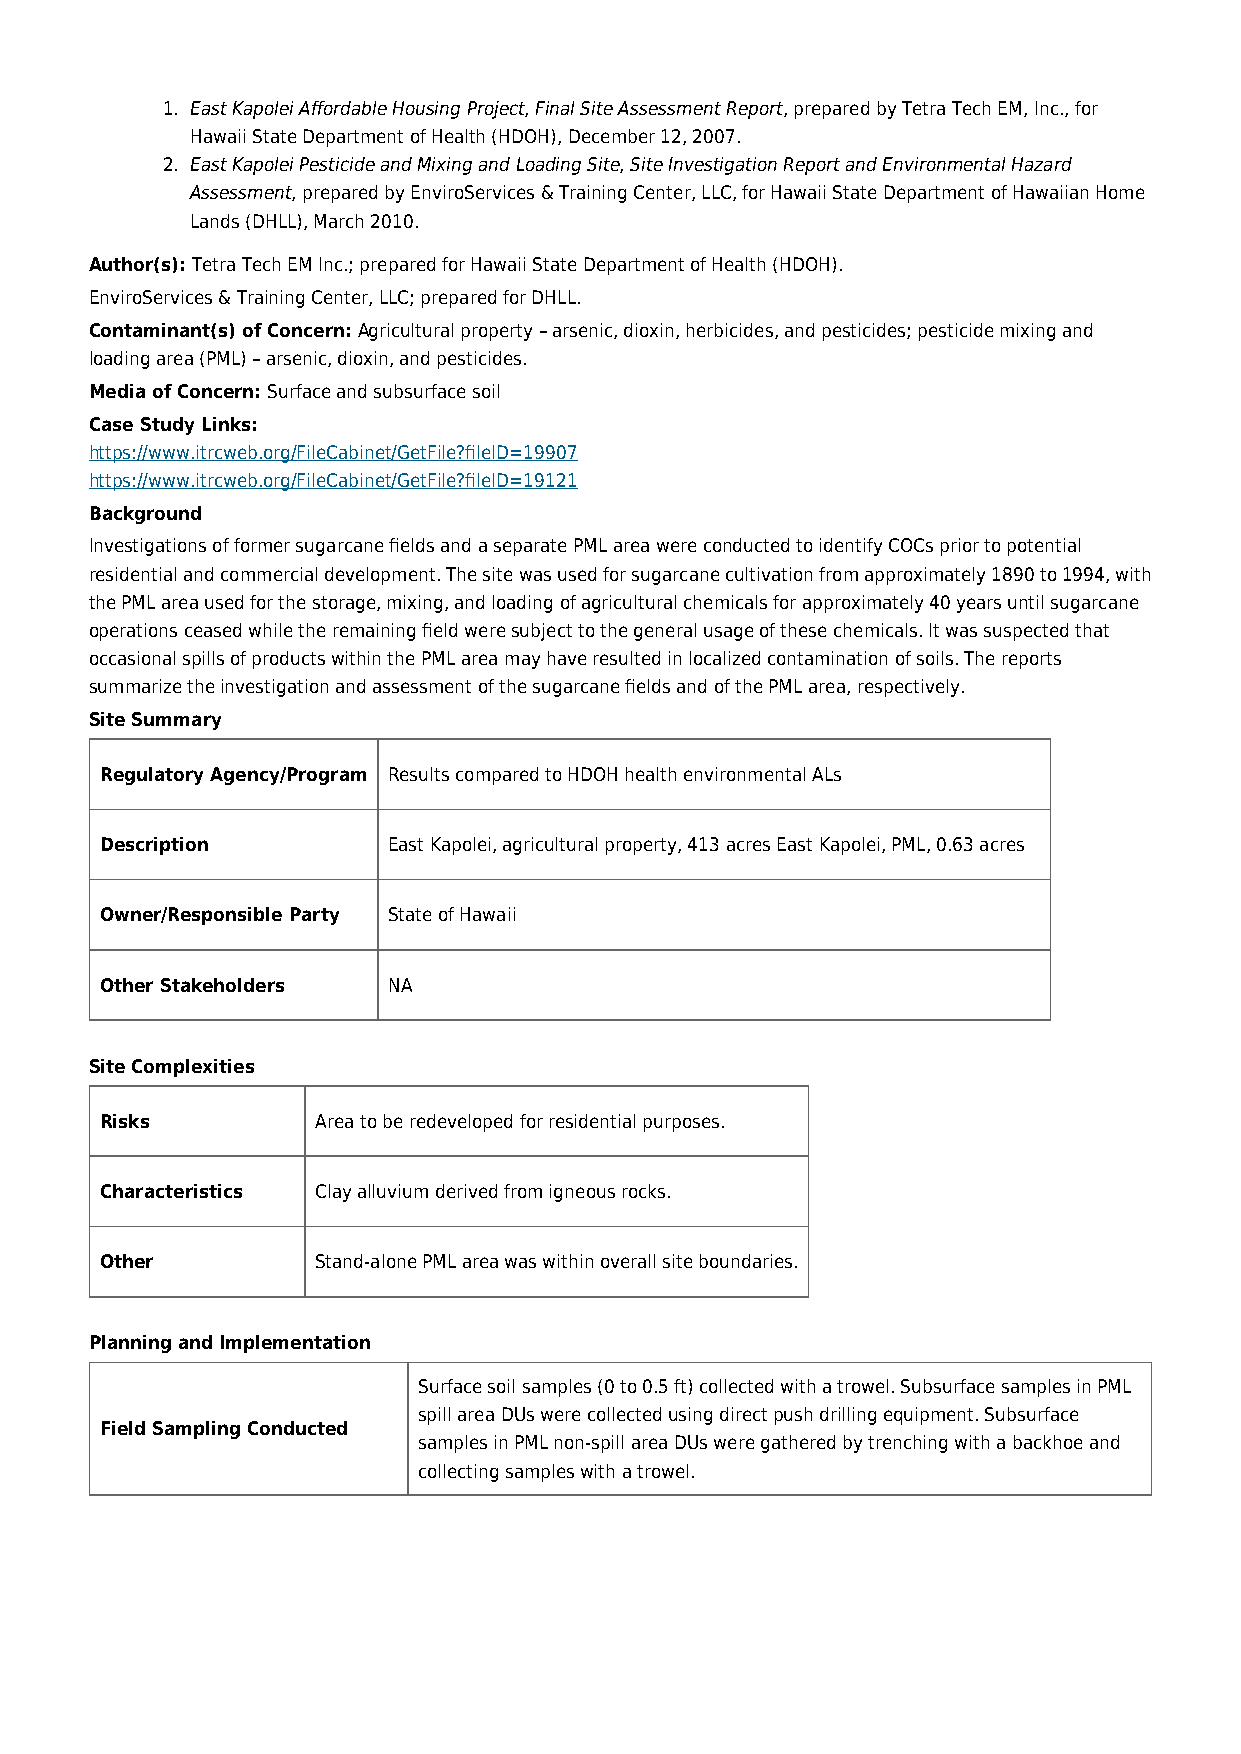
1. East Kapolei Affordable Housing Project, Final Site Assessment Report, prepared by Tetra Tech EM, Inc., for
 Hawaii State Department of Health (HDOH), December 12, 2007.
 2. East Kapolei Pesticide and Mixing and Loading Site, Site Investigation Report and Environmental Hazard
 Assessment, prepared by EnviroServices & Training Center, LLC, for Hawaii State Department of Hawaiian Home
 Lands (DHLL), March 2010.
 Author(s): Tetra Tech EM Inc.; prepared for Hawaii State Department of Health (HDOH).
 EnviroServices & Training Center, LLC; prepared for DHLL.
 Contaminant(s) of Concern: Agricultural property – arsenic, dioxin, herbicides, and pesticides; pesticide mixing and
 loading area (PML) – arsenic, dioxin, and pesticides.
 Media of Concern: Surface and subsurface soil
 Case Study Links:
 https://www.itrcweb.org/FileCabinet/GetFile?fileID=19907
 https://www.itrcweb.org/FileCabinet/GetFile?fileID=19121
 Background
 Investigations of former sugarcane fields and a separate PML area were conducted to identify COCs prior to potential
 residential and commercial development. The site was used for sugarcane cultivation from approximately 1890 to 1994, with
 the PML area used for the storage, mixing, and loading of agricultural chemicals for approximately 40 years until sugarcane
 operations ceased while the remaining field were subject to the general usage of these chemicals. It was suspected that
 occasional spills of products within the PML area may have resulted in localized contamination of soils. The reports
 summarize the investigation and assessment of the sugarcane fields and of the PML area, respectively.
 Site Summary
 Regulatory Agency/Program Results compared to HDOH health environmental ALs
 Description        East Kapolei, agricultural property, 413 acres East Kapolei, PML, 0.63 acres
 Owner/Responsible Party State of Hawaii
 Other Stakeholders NA
 Site Complexities
 Risks         Area to be redeveloped for residential purposes.
 Characteristics Clay alluvium derived from igneous rocks.
 Other         Stand-alone PML area was within overall site boundaries.
 Planning and Implementation
 Surface soil samples (0 to 0.5 ft) collected with a trowel. Subsurface samples in PML
 spill area DUs were collected using direct push drilling equipment. Subsurface
 Field Sampling Conducted
 samples in PML non-spill area DUs were gathered by trenching with a backhoe and
 collecting samples with a trowel.